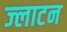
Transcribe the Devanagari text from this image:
ज्लाटन